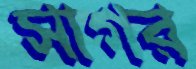
সাগর